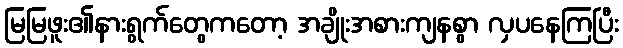
မြမြဖူး၏နားရွက်တွေကတော့ အချိုးအစားကျနစွာ လှပနေကြပြီး